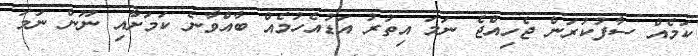
ކަމެއް ސާފުކުރަން ޖެހިއްޖެ ނަމަ އިތުރު އަޑުއެހުމެއް ބާއްވާނެ ކަމަށާއި ނޫން ނަމަ